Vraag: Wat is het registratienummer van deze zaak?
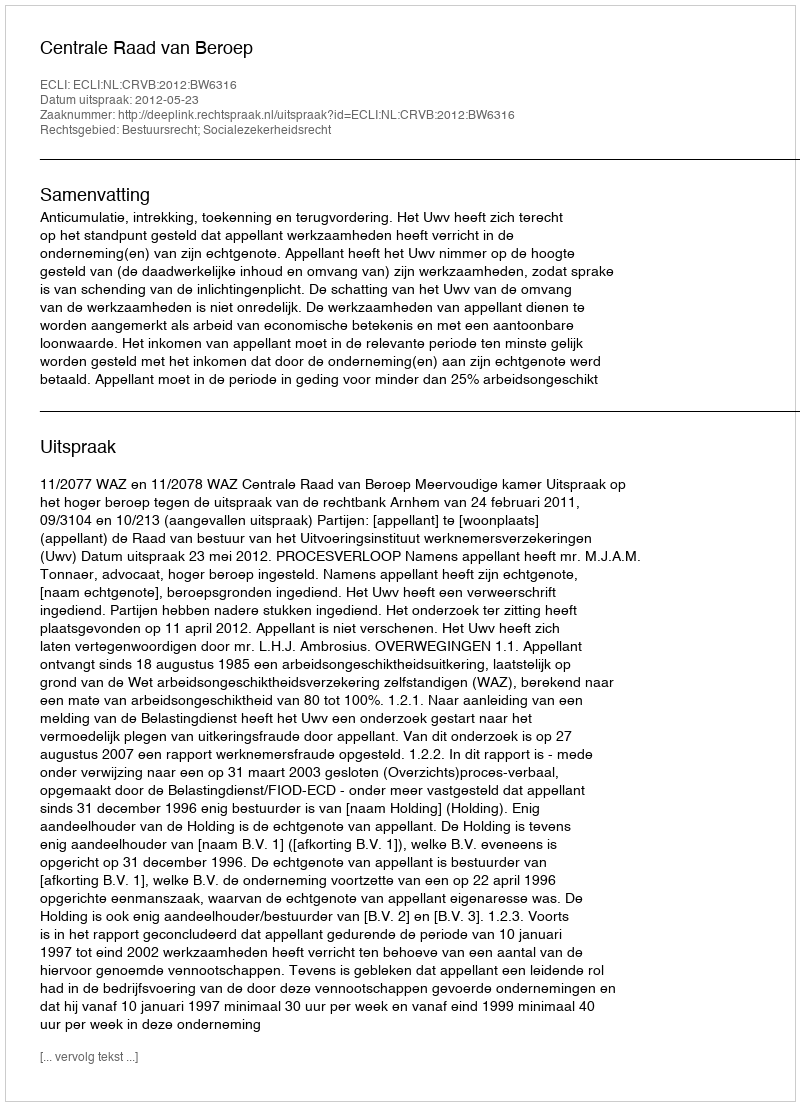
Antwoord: http://deeplink.rechtspraak.nl/uitspraak?id=ECLI:NL:CRVB:2012:BW6316